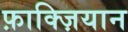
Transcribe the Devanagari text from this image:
फ़ाक्ज़ियान